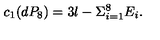
c _ { 1 } ( d P _ { 8 } ) = 3 l - \Sigma _ { i = 1 } ^ { 8 } E _ { i } .